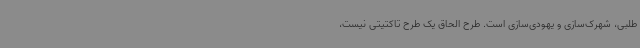
‌طلبی، شهرک‌سازی و یهودی‌سازی است. طرح الحاق یک طرح تاکتیتی نیست،